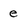
Character: e